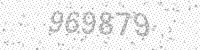
Solution: 969879